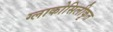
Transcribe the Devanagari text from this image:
ग्लाकोसिलीकृत